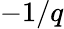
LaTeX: -1/q